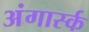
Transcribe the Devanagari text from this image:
अंगार्स्क